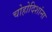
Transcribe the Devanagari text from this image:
चोहोदिशांना